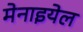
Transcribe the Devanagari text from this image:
मेनाइयेल